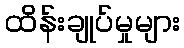
ထိန်းချုပ်မှုများ